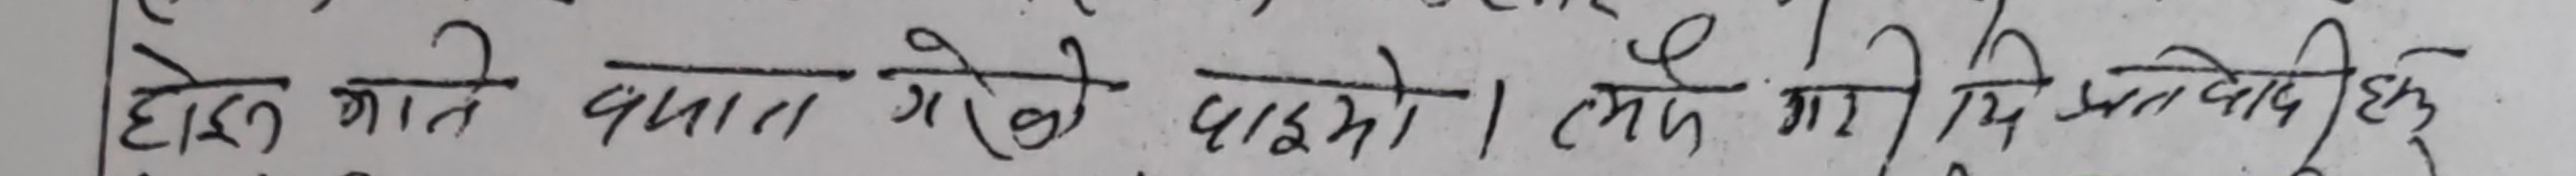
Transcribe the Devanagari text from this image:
होस भात खाला गरेको छुइनो । त्यसेले मा दिन खोजेकि छु